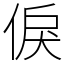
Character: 㑦